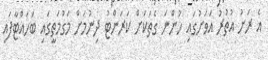
އެ ރަށު އުތުރު އަވަށުގައި ހުންނަ ގެތަކަށް ކަރަންޓު ދިނުމަށް މަގުމަތީގައި ބަހައްޓާފައި